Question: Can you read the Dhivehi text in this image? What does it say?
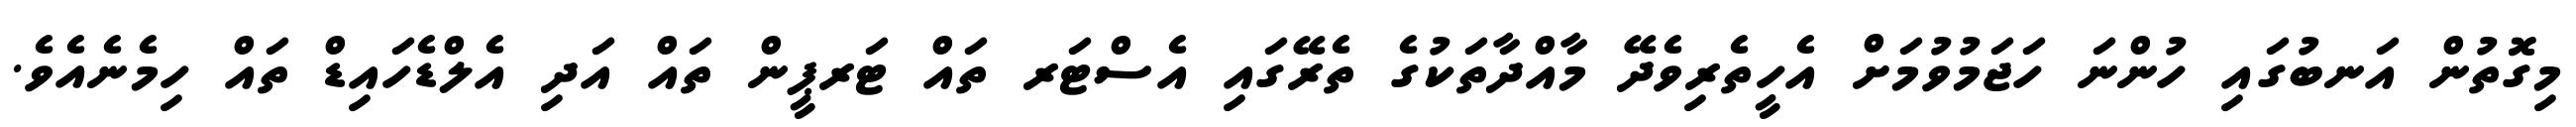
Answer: މިގޮތުން އަނބުގައި ހުންނަ ހަޖަމުވުމަށް އެހީތެރިވެދޭ މާއްދާތަކުގެ ތެރޭގައި އެސްޓަރ ތައް ޓަރޕީން ތައް އަދި އެލްޑެހައިޑް ތައް ހިމެނެއެވެ.